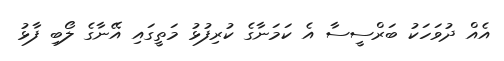
އެއް ދުވަހަކު ބަރްސީސާ އެ ކަމަނާގެ ކުރިފުޅު މަތީގައި އޭނާގެ ލޯބި ފާޅު